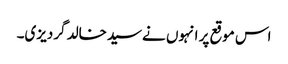
اس موقع پر انہوں نےسیدخالد گردیزی۔